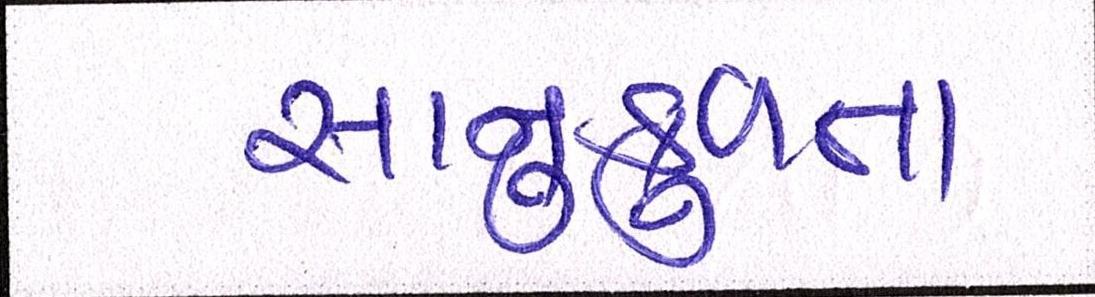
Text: સાનુકુળતા